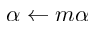
\alpha \gets m \alpha